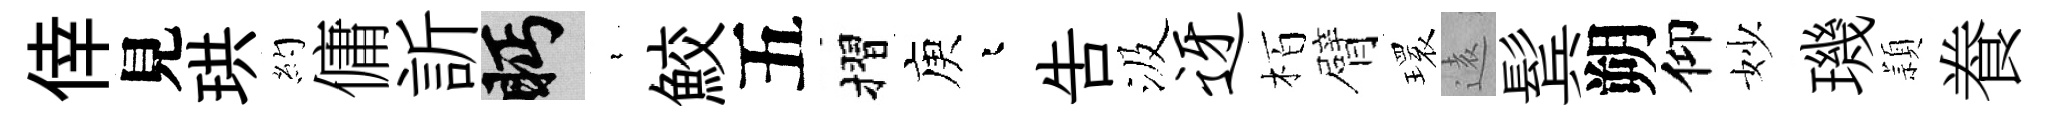
倖見珙約傭訢眄裊鮫五摺庾迢吿汲迓栢臂𤨔逺鬂朔仰妙璣頴飬